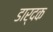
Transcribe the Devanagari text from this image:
डार्दक